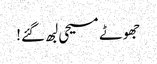
جھوٹے مسیحی لبھ گئے!